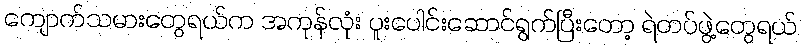
ကျောက်သမားတွေရယ်က အကုန်လုံး ပူးပေါင်းဆောင်ရွက်ပြီးတော့ ရဲတပ်ဖွဲ့တွေရယ်